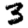
Digit: 3